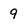
Character: 9